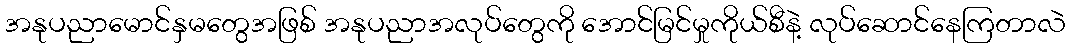
အနုပညာမောင်နှမတွေအဖြစ် အနုပညာအလုပ်တွေကို အောင်မြင်မှုကိုယ်စီနဲ့ လုပ်ဆောင်နေကြတာလဲ